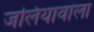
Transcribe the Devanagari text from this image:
जलियावांला